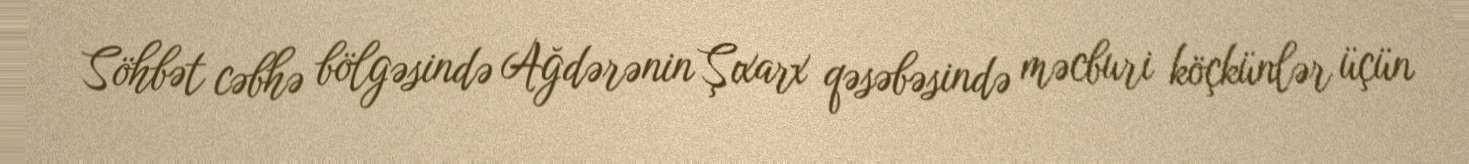
Söhbət cəbhə bölgəsində Ağdərənin Şıxarx qəsəbəsində məcburi köçkünlər üçün